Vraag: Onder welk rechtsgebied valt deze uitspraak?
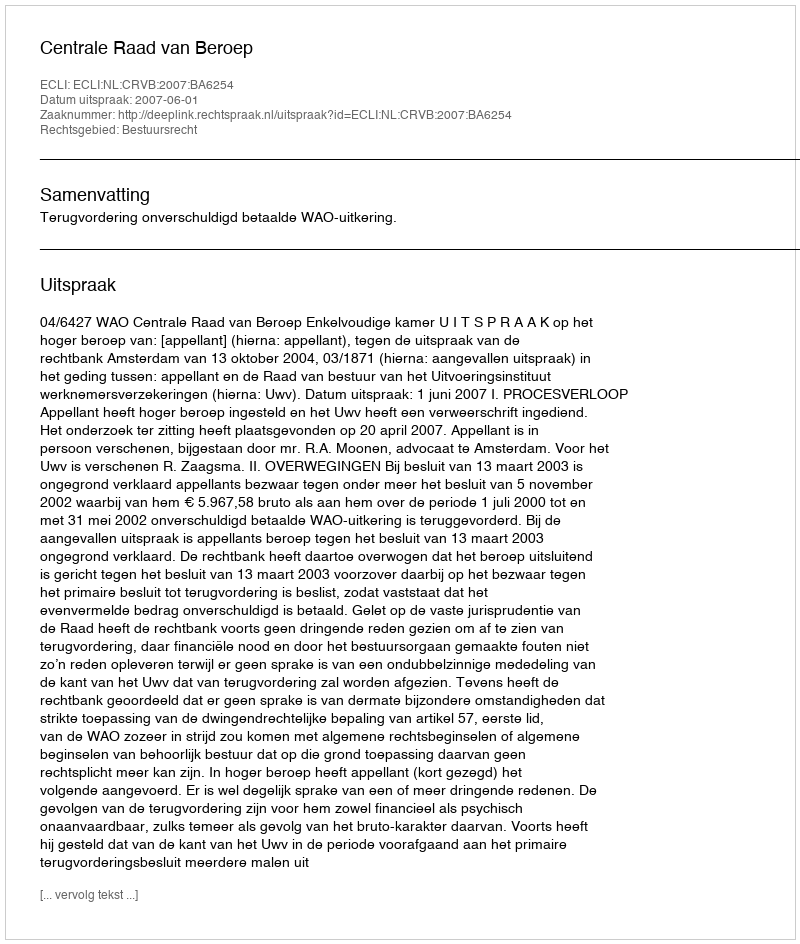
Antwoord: Bestuursrecht